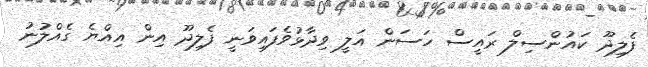
ފެލިދޫ ކައުންސިލް ރައީސް ހަސަން އަލީ ވިދާޅުވެފައިވަނީ ފެލިދޫ އިން އިއްޔެ ގެއްލުނު